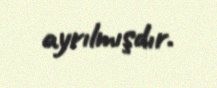
ayrılmışdır.